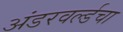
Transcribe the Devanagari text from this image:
अंडरवर्ल्डचा